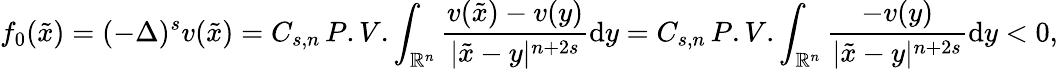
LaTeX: f_{0}(\tilde{x})=(-\Delta)^{s}v(\tilde{x})=C_{s,n}\, P.V.\int_{\mathbb{R}^{n}}\frac{v(\tilde{x})-v(y)}{|\tilde{x}-y|^{n+2s}}\mathrm{d}y=C_{s,n}\, P.V.\int_{\mathbb{R}^{n}}\frac{-v(y)}{|\tilde{x}-y|^{n+2s}}\mathrm{d}y<0,